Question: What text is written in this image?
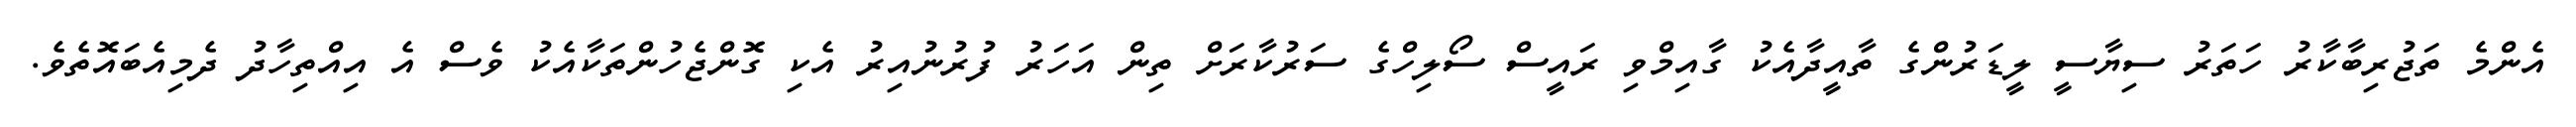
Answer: އެންމެ ތަޖުރިބާކާރު ހަތަރު ސިޔާސީ ލީޑަރުންގެ ތާއީދާއެކު ގާއިމްވި ރައީސް ސޯލިހްގެ ސަރުކާރަށް ތިން އަހަރު ފުރުނުއިރު އެކި ގޮންޖެހުންތަކާއެކު ވެސް އެ އިއްތިހާދު ދެމިއެބައޮތެވެ.